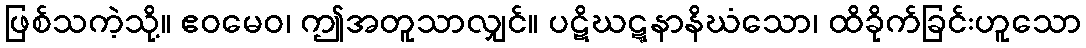
ဖြစ်သကဲ့သို့။ ဧဝမေဝ၊ ဤအတူသာလျှင်။ ပဋိဃဋ္ဋနာနိဃံသော၊ ထိခိုက်ခြင်းဟူသော